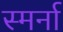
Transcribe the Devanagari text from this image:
स्मर्ना